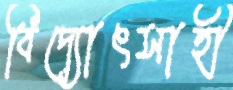
বিদ্যোৎসাহী